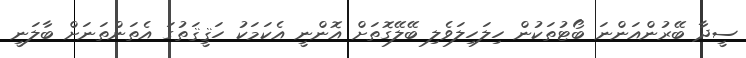
ސީދާ ބޭރުންއަންނަ ބޯޓުތަކުން ހިލަހިލަވެލި ބޭލޭގޮތަށް އޮންނީ އެކަމަކު ހަޤީޤަތުގަ އެތަންތަނަށް ބާލަނީ